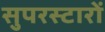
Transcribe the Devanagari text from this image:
सुपरस्टारों